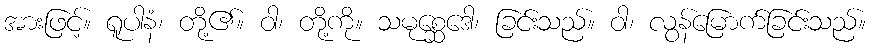
အားဖြင့်။ ရူပါနံ၊ တို့၏။ ဝါ၊ တို့ကို။ သမုစ္ဆေဒေါ၊ ခြင်းသည်။ ဝါ၊ လွန်မြောက်ခြင်းသည်။